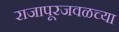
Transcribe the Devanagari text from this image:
राजापूरजवळच्या